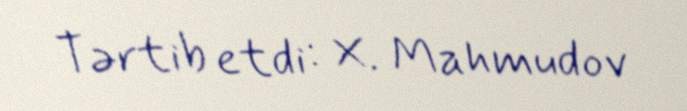
Tərtib etdi: X. Mahmudov